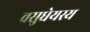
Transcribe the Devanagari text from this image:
वसुधेयस्य